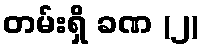
တမ်းရှိ ခဏ (၂)